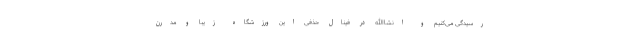
رسیدگی می‌کنیم و انشا‌الله در فینال حذفی این ورزشگاه زیبا و مدرن